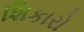
શિકારો